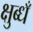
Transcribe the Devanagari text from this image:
क्षुब्धँ